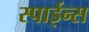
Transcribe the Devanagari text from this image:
स्पाईन्स